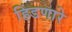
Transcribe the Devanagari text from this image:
हिंडणारे